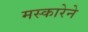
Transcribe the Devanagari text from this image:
मस्कारेने